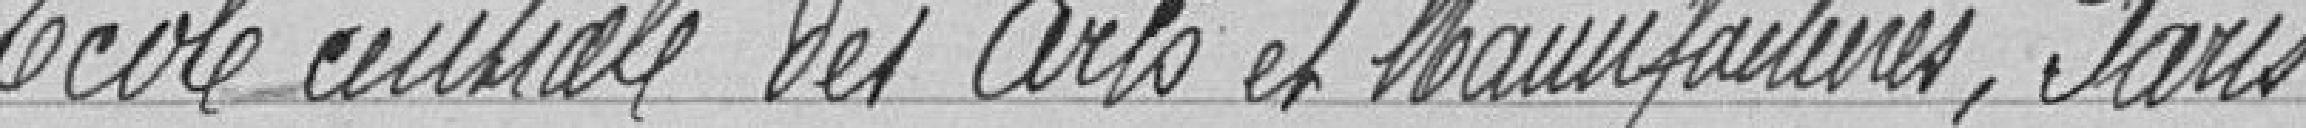
Ecole centrale des Arts et Manufactures, Paris